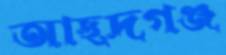
আছদগঞ্জ